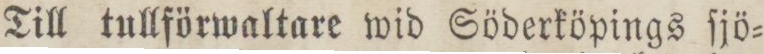
Till tullförwaltare wid Söderköpings ſjö=